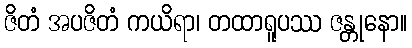
ဇိတံ အပဇိတံ ကယိရာ၊ တထာရူပဿ ဇန္တုနော။